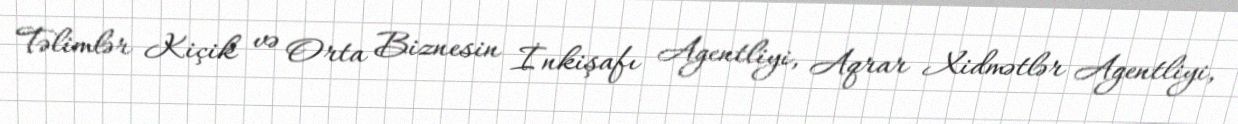
Təlimlər Kiçik və Orta Biznesin İnkişafı Agentliyi, Aqrar Xidmətlər Agentliyi,